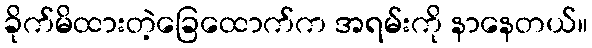
ခိုက်မိထားတဲ့ခြေထောက်က အရမ်းကို နာနေတယ်။